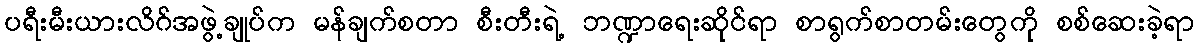
ပရီးမီးယားလိဂ်အဖွဲ့ချုပ်က မန်ချက်စတာ စီးတီးရဲ့ ဘဏ္ဍာရေးဆိုင်ရာ စာရွက်စာတမ်းတွေကို စစ်ဆေးခဲ့ရာ